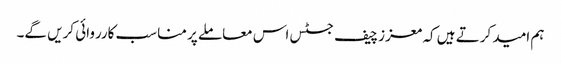
ہم امید کرتے ہیں کہ معزز چیف جسٹس اس معاملے پر مناسب کارروائی کریں گے۔